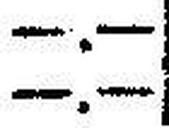
—.—